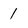
Character: 1